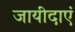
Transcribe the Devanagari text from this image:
जायीदाएं